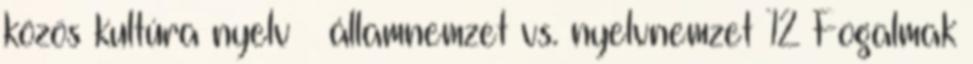
közös kultúra nyelv  államnemzet vs. nyelvnemzet 12 Fogalmak